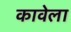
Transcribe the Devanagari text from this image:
कावेला